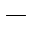
-